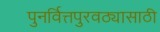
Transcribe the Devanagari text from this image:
पुनर्वित्तपुरवठ्यासाठी